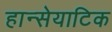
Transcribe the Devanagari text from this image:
हान्सेयाटिक